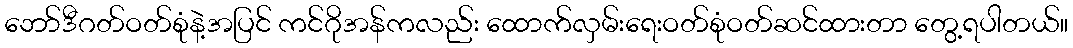
ဘော်ဒီဂတ်ဝတ်စုံနဲ့အပြင် ကင်ဂိုအန်ကလည်း ထောက်လှမ်းရေးဝတ်စုံဝတ်ဆင်ထားတာ တွေ့ရပါတယ်။